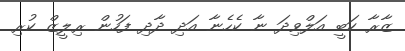
ޒާރާ ކަބީ އަލްވިދަ ނާ ކެހެނާ އަދި ދާދި ފަހުން ރިލީޒް ކުރި